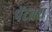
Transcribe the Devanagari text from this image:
पेंटब्रश